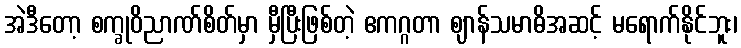
အဲဒီတော့ စက္ခုဝိညာဏ်စိတ်မှာ မှီပြီးဖြစ်တဲ့ ဧကဂ္ဂတာ ဈာန်သမာဓိအဆင့် မရောက်နိုင်ဘူး၊